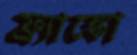
ফ্র্যাঙ্কো